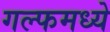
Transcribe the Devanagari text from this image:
गल्फमध्ये